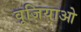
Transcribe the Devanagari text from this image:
वूजियाओ